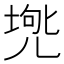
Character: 𠒟